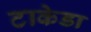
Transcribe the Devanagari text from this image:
टाकेडा